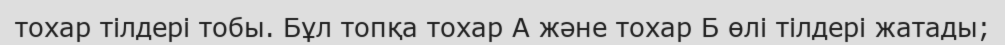
тохар тілдері тобы. Бұл топқа тохар А және тохар Б өлі тілдері жатады;